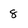
Character: 8